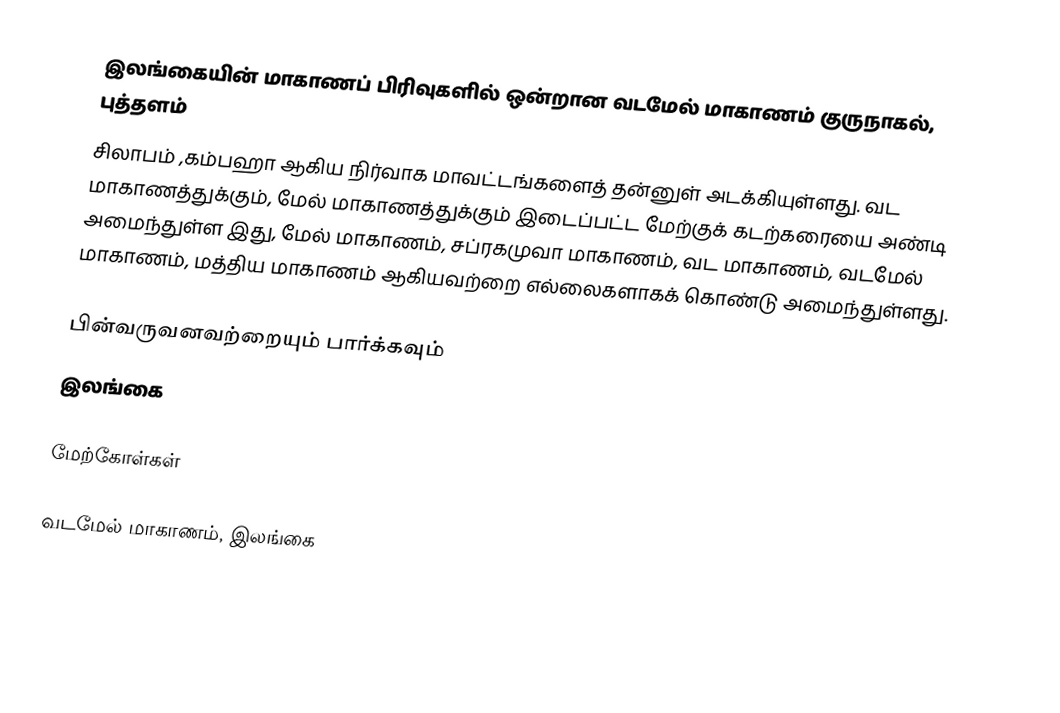
இலங்கையின் மாகாணப் பிரிவுகளில் ஒன்றான வடமேல் மாகாணம் குருநாகல், புத்தளம்
சிலாபம் ,கம்பஹா ஆகிய நிர்வாக மாவட்டங்களைத் தன்னுள் அடக்கியுள்ளது. வட மாகாணத்துக்கும், மேல் மாகாணத்துக்கும் இடைப்பட்ட மேற்குக் கடற்கரையை அண்டி அமைந்துள்ள இது, மேல் மாகாணம், சப்ரகமுவா மாகாணம், வட மாகாணம், வடமேல் மாகாணம், மத்திய மாகாணம் ஆகியவற்றை எல்லைகளாகக் கொண்டு அமைந்துள்ளது.

பின்வருவனவற்றையும் பார்க்கவும்
 இலங்கை

மேற்கோள்கள்

வடமேல் மாகாணம், இலங்கை